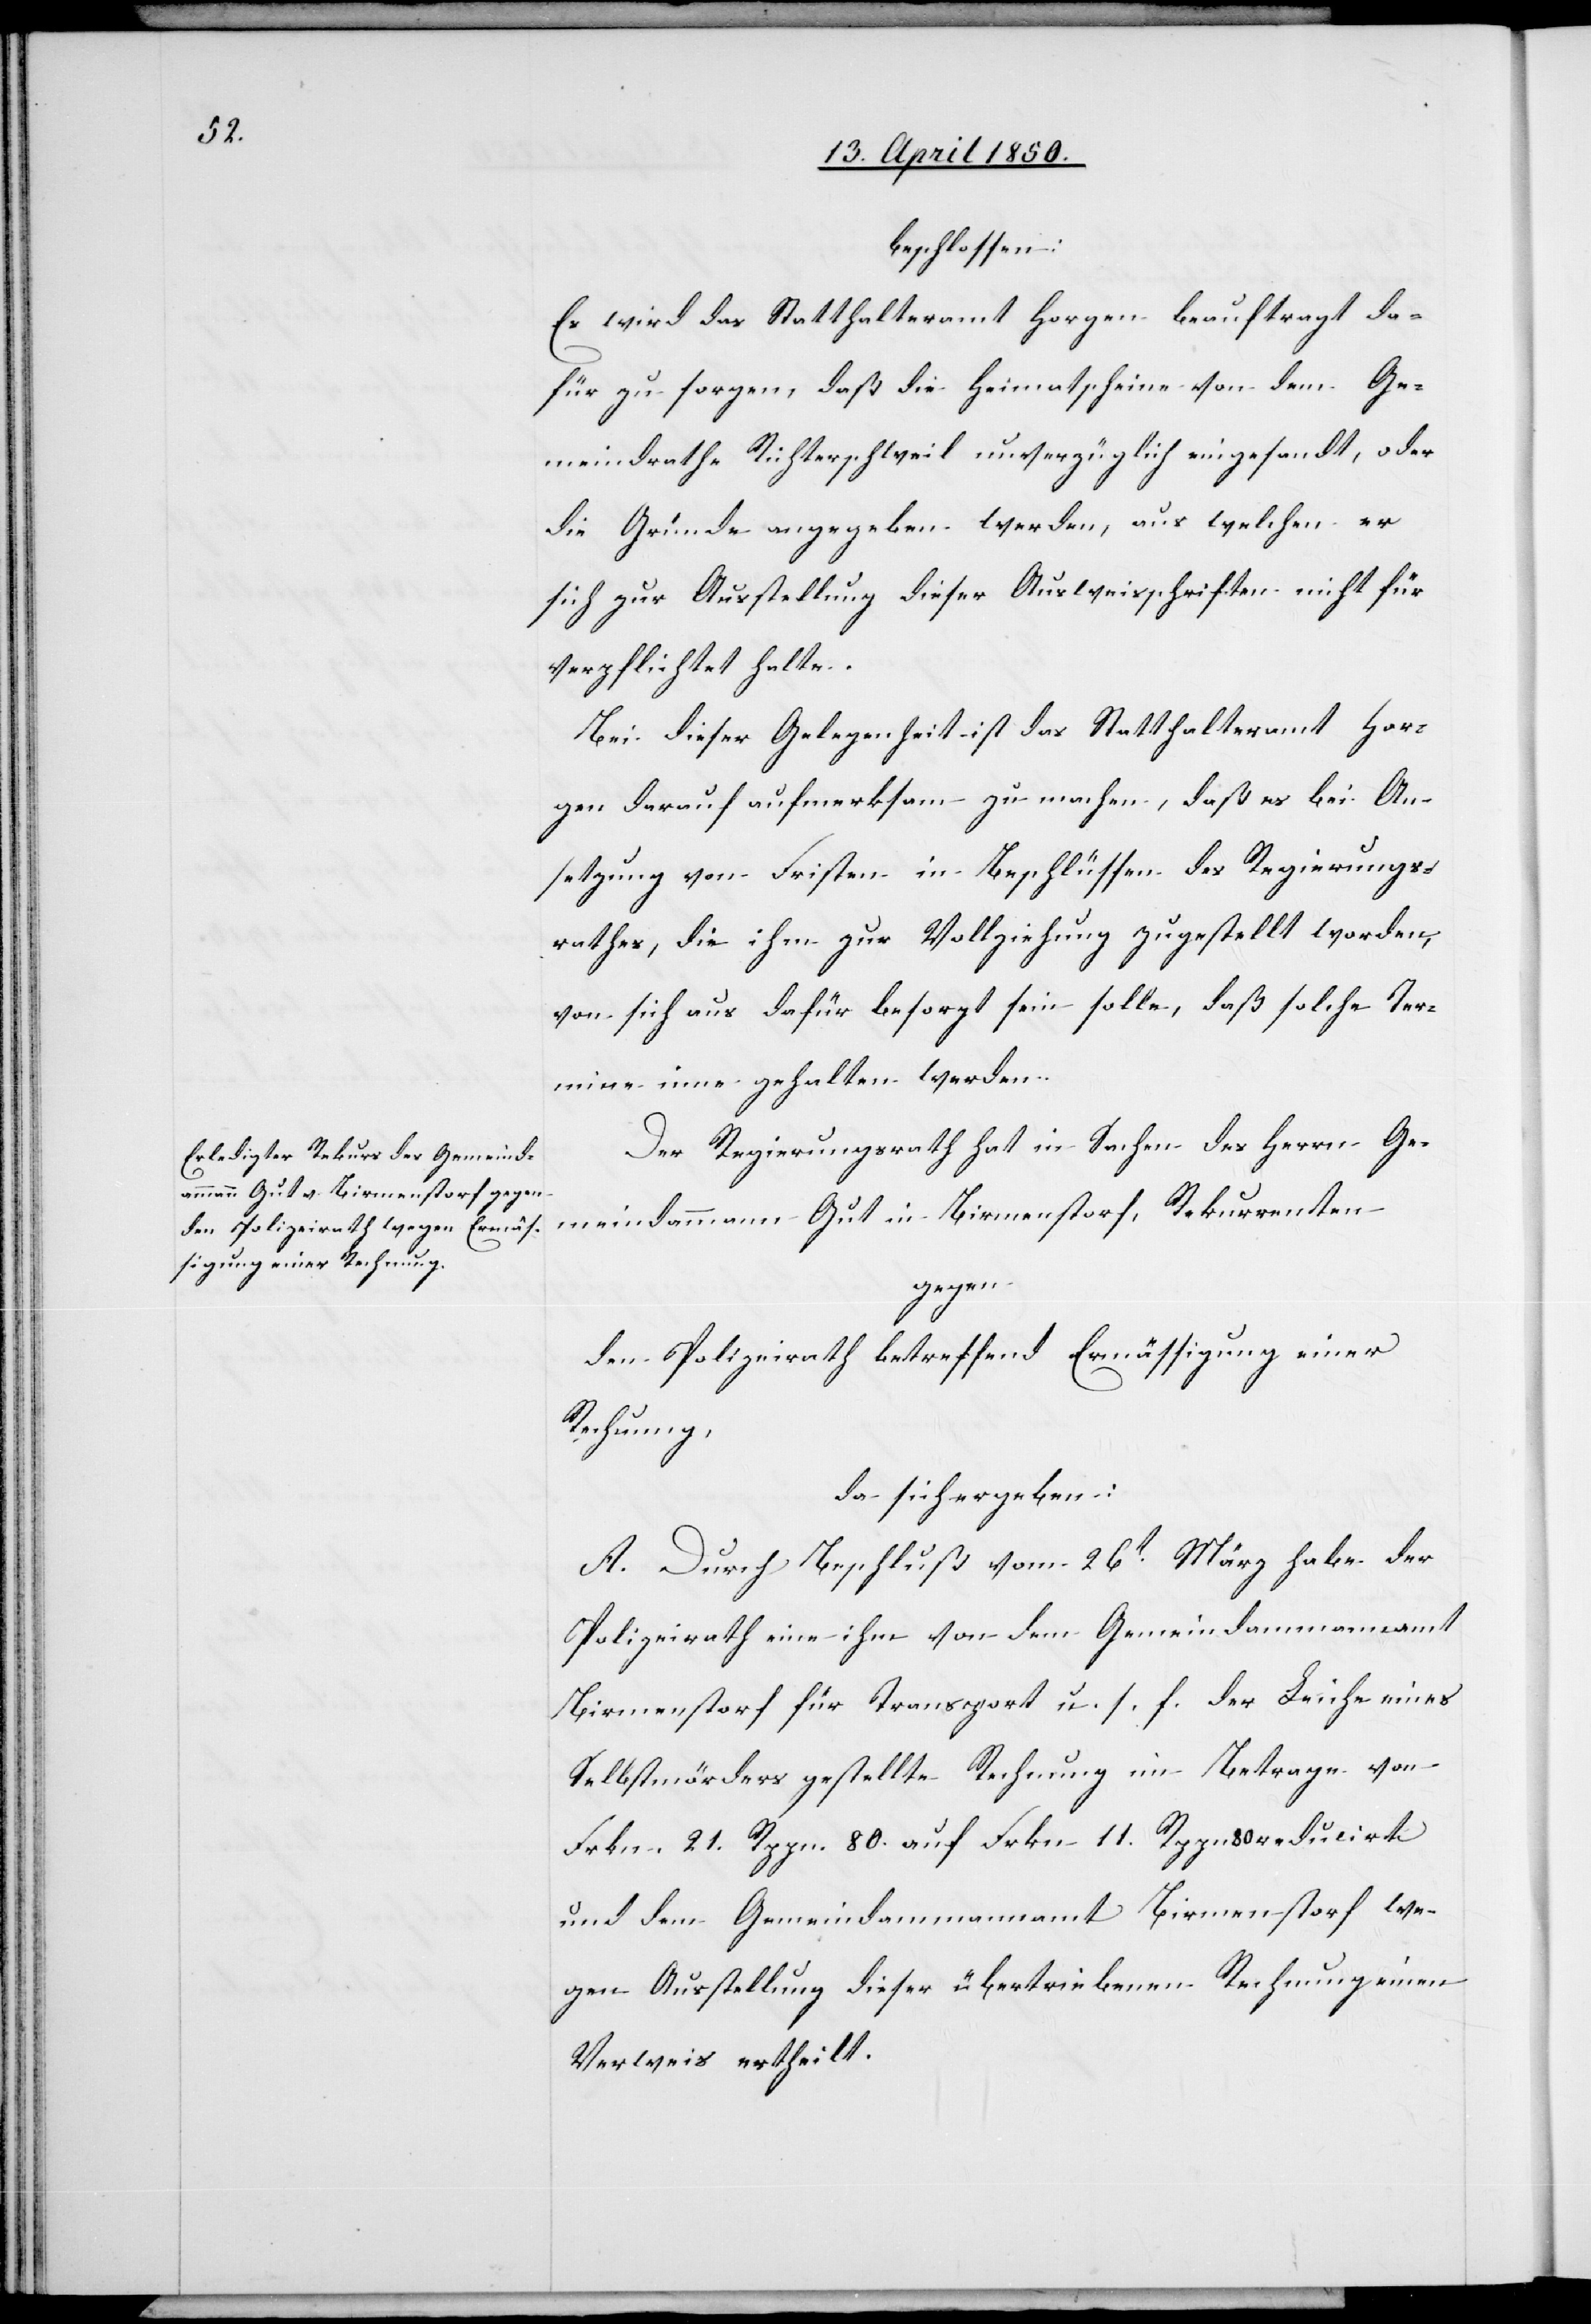
beschlossen:
Es wird das Statthalteramt Horgen beauftragt da¬
für zu sorgen, daß die Heimatscheine von dem Ge¬
meindrathe Richterschweil unverzüglich eingesandt, oder
die Gründe angegeben werden, aus welchen er
sich zur Ausstellung dieser Ausweisschriften nicht für
verpflichtet halte.
Bei dieser Gelegenheit ist das Statthalteramt Hor¬
gen darauf aufmerksam zu machen, daß es bei An¬
setzung von Fristen in Beschlüssen des Regierungs¬
rathes, die ihm zur Vollziehung zugestellt worden,
von sich aus dafür besorgt sein solle, daß solche Ter¬
mine inne gehalten werden.
Der Regierungsrath hat in Sachen des Herrn Ge¬
meindammann Gut in Birmenstorf, Rekurrenten
gegen
den Polizeirath betreffend Ermässigung einer
Rechnung,
da sich ergeben:
A. Durch Beschluß vom 26t März habe der
Polizeirath eine ihm von dem Gemeindammannamt
Birmenstorf für Transport u. s. f. der Leiche eines
Selbstmörders gestellte Rechnung im Betrage von
Frkn. 21. Rppn. 80. auf Frkn. 11. Rppn 80 reducirt
und dem Gemeindammannamt Birmenstorf we¬
gen Ausstellung dieser übertriebenen Rechnung einen
Verweis ertheilt.